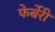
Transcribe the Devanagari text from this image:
फेर्बेरी